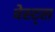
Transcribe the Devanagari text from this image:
वेस्ट्स